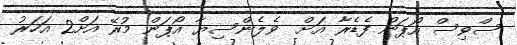
ސްވިސް އޯޕަން ފެޑެރާ އަށް  ވެލެންސިޔާ އޯޕަން މުރޭ އަށް2 އަހަރު